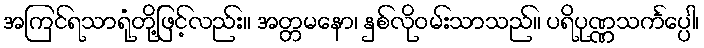
အကြင်ရသာရုံတို့ဖြင့်လည်း။ အတ္တမနော၊ နှစ်လိုဝမ်းသာသည်။ ပရိပုဏ္ဏသင်္ကပ္ပေါ၊